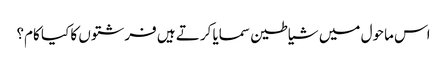
اس ماحول میں شیاطین سمایا کرتے ہیں فرشتوں کا کیا کام؟